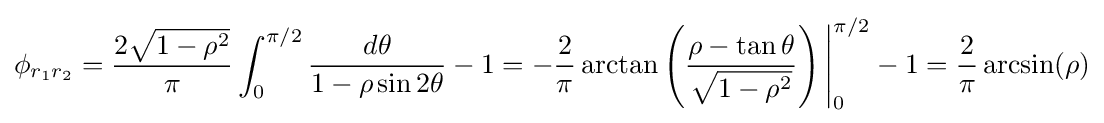
\phi _{r_{1}r_{2}}={\frac {2{\sqrt {1-\rho ^{2}}}}{\pi }}\int _{0}^{\pi /2}{\frac {d\theta }{1-\rho \sin 2\theta }}-1=-{\frac {2}{\pi }}\arctan \left({\frac {\rho -\tan \theta }{\sqrt {1-\rho ^{2}}}}\right){\Bigg |}_{0}^{\pi /2}-1={\frac {2}{\pi }}\arcsin(\rho )